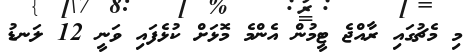
މި މެޗުގައި ރާއްޖެ ޓީމުން އެންމެ މޮޅަށް ކުޅެފައި ވަނީ 12 ލަނޑު